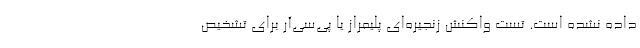
داده نشده است. تست واکنش زنجیره‌ای پلیمراز یا پی‌سی‌آر برای تشخیص